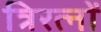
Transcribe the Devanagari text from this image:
त्रिरत्नों